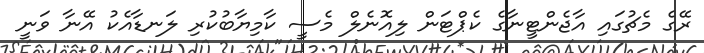
ރޭގެ މެޗުގައި އާޖެންޓީނާގެ ކެޕްޓަން ލިއޮނެލް މެސީ ކާމިޔާބުކުރި ލަނޑާއެކު އޭނާ ވަނީ